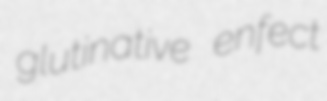
glutinative enfect